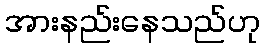
အားနည်းနေသည်ဟု